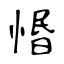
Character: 惽